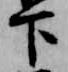
下